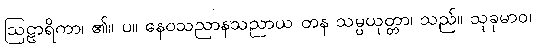
ဩဠာရိကာ၊ ၏။ ပ။ နေဝသညာနသညာယ တန သမ္ပယုတ္တာ၊ သည်။ သုခုမာဝ၊